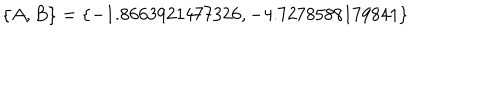
\{ A , B \} = \{ - 1 . 8 6 6 3 9 2 1 4 7 7 3 2 6 , - 4 . 7 2 7 8 5 8 8 1 7 9 8 4 1 \}